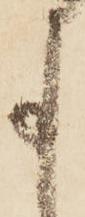
事